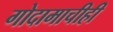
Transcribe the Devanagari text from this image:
गोदामाचीही